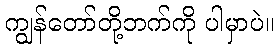
ကျွန်တော်တို့ဘက်ကို ပါမှာပဲ။